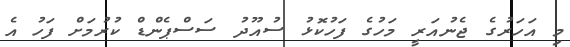
މި އަހަރުގެ ޖެނުއަރީ މަހުގެ ފަހުކޮޅު ސުއޫދު ސަސްޕެންޑް ކުރުމަށް ފަހު އެ